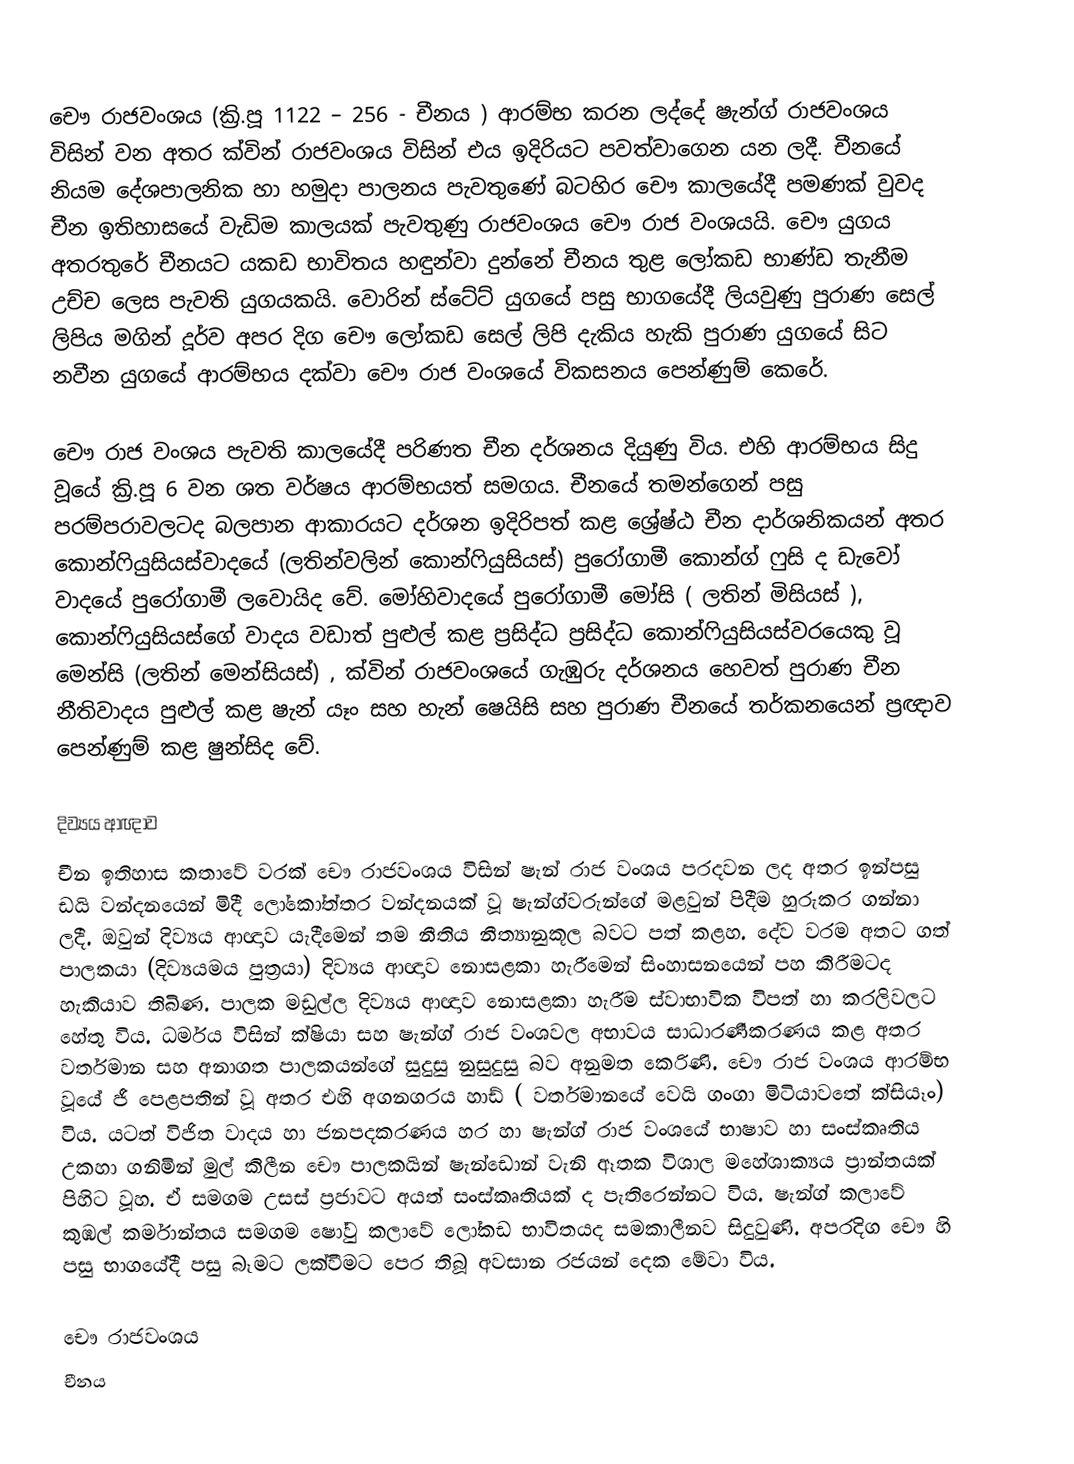
චෞ රාජවංශය (ක්‍රි.පූ 1122 – 256 - චීනය ) ආරම්භ කරන ලද්දේ ෂැන්ග් රාජවංශය විසින් වන අතර ක්වින් රාජවංශය විසින් එය ඉදිරියට පවත්වාගෙන යන ලදී.  චීනයේ නියම දේශපාලනික හා හමුදා පාලනය  පැවතුණේ බටහිර චෞ කාලයේදී පමණක් වුවද චීන ඉතිහාසයේ වැඩිම කාලයක් පැවතුණු රාජවංශය චෞ රාජ වංශයයි. චෞ යුගය අතරතුරේ චීනයට යකඩ භාවිතය හඳුන්වා දුන්නේ චීනය තුළ ලෝකඩ භාණ්ඩ තැනීම උච්ච ලෙස පැවති යුගයකයි. වොරින් ස්ටේට් යුගයේ පසු භාගයේදී ලියවුණු පුරාණ සෙල් ලිපිය මගින් දූර්ව අපර දිග චෞ ලෝකඩ සෙල් ලිපි දැකිය හැකි පුරාණ යුගයේ සිට නවීන යුගයේ ආරම්භය දක්වා චෞ රාජ වංශයේ විකසනය පෙන්ණුම් කෙරේ.

චෞ රාජ වංශය පැවති කාලයේදී පරිණත චීන දර්ශනය දියුණු විය. එහි ආරම්භය සිදු වූයේ ක්‍රි.පූ 6 වන ශත වර්ෂය ආරම්භයත් සමගය.  චීනයේ තමන්ගෙන් පසු පරම්පරාවලටද බලපාන ආකාරයට දර්ශන ඉදිරිපත් කළ ශ්‍රේෂ්ඨ චීන දාර්ශනිකයන් අතර කොන්ෆියුසියස්වාදයේ (ලතින්වලින් කොන්ෆියුසියස්) පුරෝගාමී කොන්ග් ෆුසි ද ඩැවෝ වාදයේ පුරෝගාමී ලවොයිද වේ. මෝහිවාදයේ පුරෝගාමී මෝසි ( ලතින් මිසියස් ), කොන්ෆියුසියස්ගේ වාදය වඩාත් පුළුල් කළ ප්‍රසිද්ධ ප්‍රසිද්ධ කොන්ෆියුසියස්වරයෙකු වූ මෙන්සි (ලතින් මෙන්සියස්) , ක්වින් රාජවංශයේ  ගැඹුරු දර්ශනය හෙවත් පුරාණ චීන නීතිවාදය පුළුල් කළ ෂැන් යෑං සහ හැන් ෂෙයිසි සහ පුරාණ චීනයේ තර්කනයෙන් ප්‍රඥාව පෙන්ණුම් කළ ෂුන්සිද වේ.

දිව්‍යය ආඥාව
චීන ඉතිහාස කතාවේ වරක් චෞ රාජවංශය විසින් ෂැන් රාජ වංශය පරදවන ලද අතර ඉන්පසු  ඩයි වන්දනයෙන් මිදී ලෝකෝත්තර වන්දනයක් වූ ෂැන්ග්වරුන්ගේ මළවුන් පිදීම හුරුකර ගන්නා ලදී. ඔවුන් දිව්‍යය ආඥාව යැදීමෙන් තම නීතිය නීත්‍යානුකූල බවට පත් කළහ. දේව වරම අතට ගත් පාලකයා (දිව්‍යයමය පුත්‍රයා)  දිව්‍යය ආඥාව නොසළකා හැරීමෙන් සිංහාසනයෙන් පහ කිරීමටද හැකියාව තිබිණ. පාලක මඩුල්ල දිව්‍යය ආඥාව නොසළකා හැරීම ස්වාභාවික විපත් හා කරලිවලට හේතු විය. ධර්මය විසින් ක්ෂියා  සහ ෂැන්ග් රාජ වංශවල අභාවය සාධාරණීකරණය කළ අතර වර්තමාන සහ අනාගත පාලකයන්ගේ සුදුසු නුසුදුසු බව අනුමත කෙරිණි. චෞ රාජ වංශය ආරම්භ වූයේ ජී පෙළපතින් වූ අතර එහි අගනගරය හාඩ් ( වර්තමානයේ වෙයි ගංගා මිටියාවතේ ක්සියෑං) විය. යටත් විජිත වාදය හා ජනපදකරණය හර හා ෂැන්ග් රාජ වංශයේ භාෂාව හා සංස්කෘතිය උකහා ගනිමින් මුල් කිලීන චෞ පාලකයින් ෂැන්ඩොන් වැනි ඈතක විශාල මහේශාක්‍යය ප්‍රාන්තයක් පිහිට වූහ. ඒ සමගම උසස් ප්‍රජාවට අයත් සංස්කෘතියක් ද පැතිරෙන්නට විය. ෂැන්ග් කලාවේ කුඹල් කර්මාන්තය සමගම ෂෝවු කලාවේ ලෝකඩ භාවිතයද සමකාලීනව සිදුවුණි. අපරදිග චෞ හි පසු භාගයේදී පසු බෑමට ලක්වීමට පෙර තිබූ අවසාන රජයන් දෙක මේවා විය.

චෞ රාජවංශය
චීනය